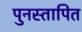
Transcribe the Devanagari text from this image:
पुनस्तापित